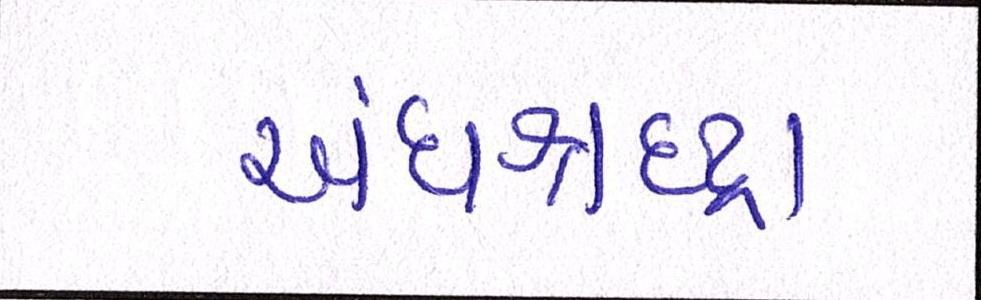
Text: અંધશ્રદ્ધા